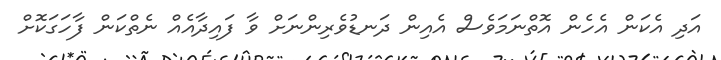
އަދި އެކަން އެހެން އޮތްނަމަވެސް އެއިން ދަނޑުވެރިންނަށް ވާ ފައިދާއެއް ނެތްކަން ފާހަގަކޮށް